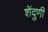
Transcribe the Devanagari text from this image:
शेंदुणी